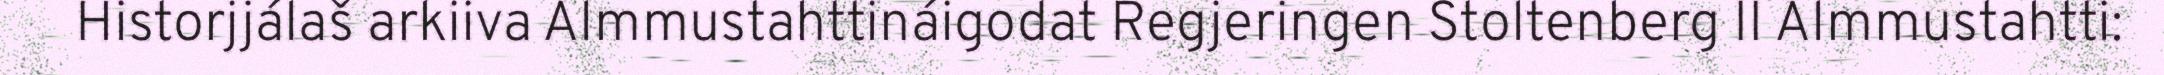
Historjjálaš arkiiva Almmustahttináigodat Regjeringen Stoltenberg II Almmustahtti: